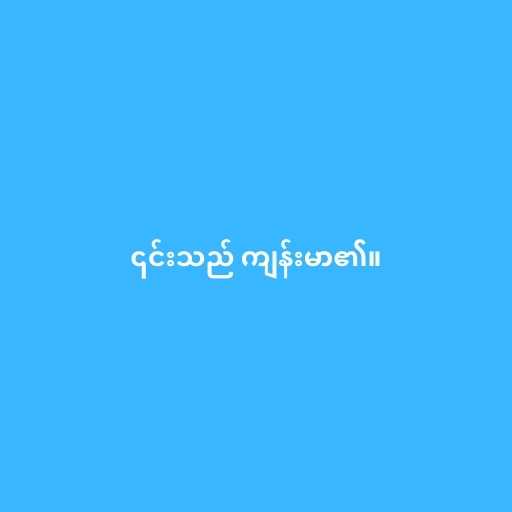
၎င်းသည် ကျန်းမာ၏။